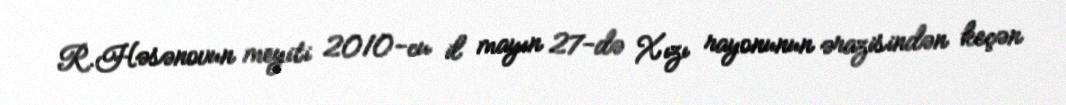
R.Həsənovun meyiti 2010-cu il mayın 27-də Xızı rayonunun ərazisindən keçən